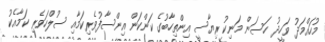
މުހައްމަދު ވަހީދު ހަސަން މަނިކު ރިޔާސީ އިންތިހާބުގެ ކަންކަން އިންސާފުވެރިކަމާއި ސުލްހަވެރި ކަމާއެކު